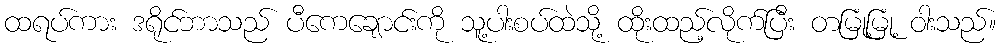
ထရပ်ကား ဒရိုင်ဘာသည် ပီကေချောင်းကို သူ့ပါးစပ်ထဲသို့ ထိုးထည့်လိုက်ပြီး တမြုံ့မြုံ့ ဝါးသည်။